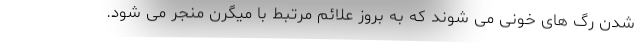
شدن رگ های خونی می شوند که به بروز علائم مرتبط با میگرن منجر می شود.